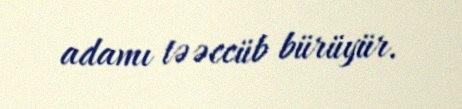
adamı təəccüb bürüyür.